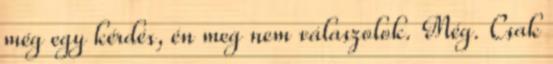
még egy kérdés, én meg nem válaszolok. Még. Csak